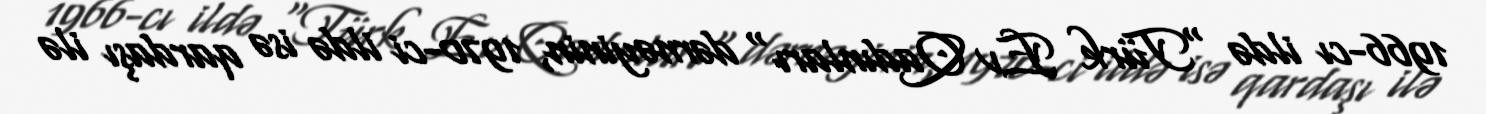
1966-cı ildə "Türk Ev Qadınları" dərnəyinin, 1970-ci ildə isə qardaşı ilə